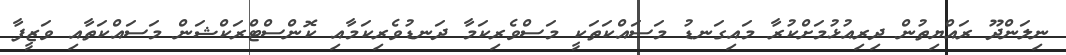
ނިލަންދޫ ރައްޔިތުން ދިރިއުޅުމަށްކުރާ މައިގަނޑު މަސައްކަތަކީ މަސްވެރިކަމާ ދަނޑުވެރިކަމާއި ކޮންސްޓްރަކްޝަން މަސައްކަތާއި ވަޒީފާ